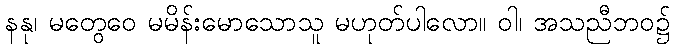
နနု၊ မတွေဝေ မမိန်းမောသောသူ မဟုတ်ပါလော။ ဝါ၊ အသညီဘဝ၌